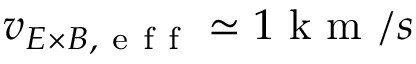
v _ { E \times B , \mathrm { ~ e ~ f ~ f ~ } } \simeq 1 \mathrm { ~ k ~ m ~ } / s